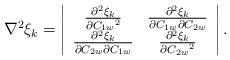
LaTeX: \begin{align*}{\nabla ^2}{\xi _k} = \left| {\begin{array}{*{20}{c}}{\frac{{{\partial ^2}{\xi _k}}}{{\partial {C_{1w}}^2}}}&{\frac{{{\partial ^2}{\xi _k}}}{{\partial {C_{1w}}\partial {C_{2w}}}}} \\ {\frac{{{\partial ^2}{\xi _k}}}{{\partial {C_{2w}}\partial {C_{1w}}}}}&{\frac{{{\partial ^2}{\xi _k}}}{{\partial {C_{2w}}^2}}} \end{array}} \right|.\end{align*}